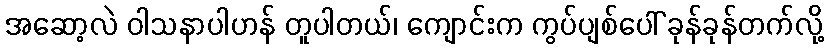
အဆော့လဲ ဝါသနာပါဟန် တူပါတယ်၊ ကျောင်းက ကွပ်ပျစ်ပေါ် ခုန်ခုန်တက်လို့